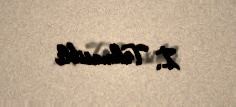
İ. Təhmasibli